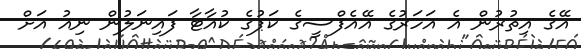
އޭގެ އިތުރުން އެ އަހަރުގެ އޭއެފްސީގެ ކަޕުގެ ކުއާާޓާ ފައިނަލުން ނިއު އަށް